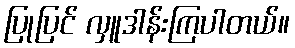
ပြုပြင် လှူဒါန်းကြပါတယ်။